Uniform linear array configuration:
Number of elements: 24
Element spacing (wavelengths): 0.75
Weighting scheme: exponential
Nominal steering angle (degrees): -45
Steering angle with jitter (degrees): -44.681
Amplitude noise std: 0.05
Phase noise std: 0.05

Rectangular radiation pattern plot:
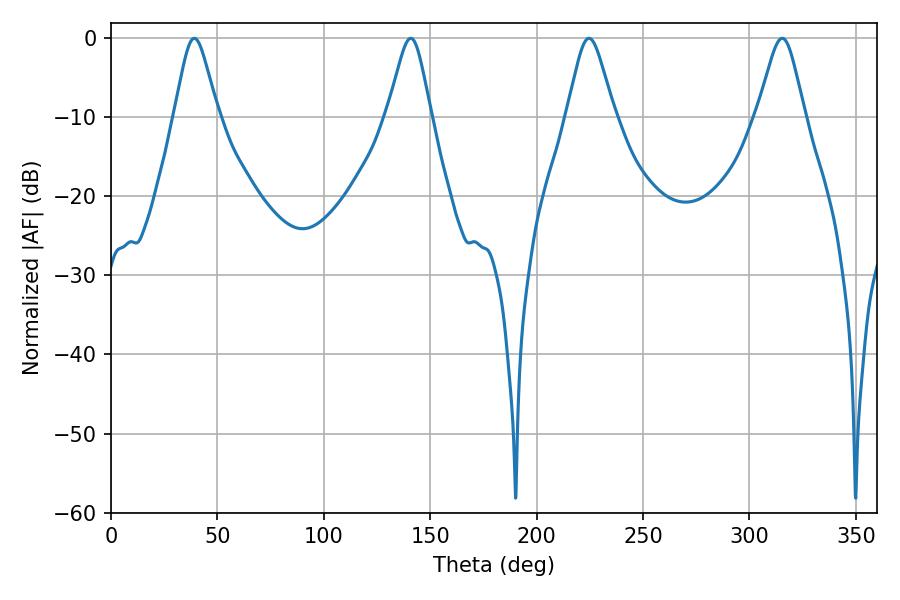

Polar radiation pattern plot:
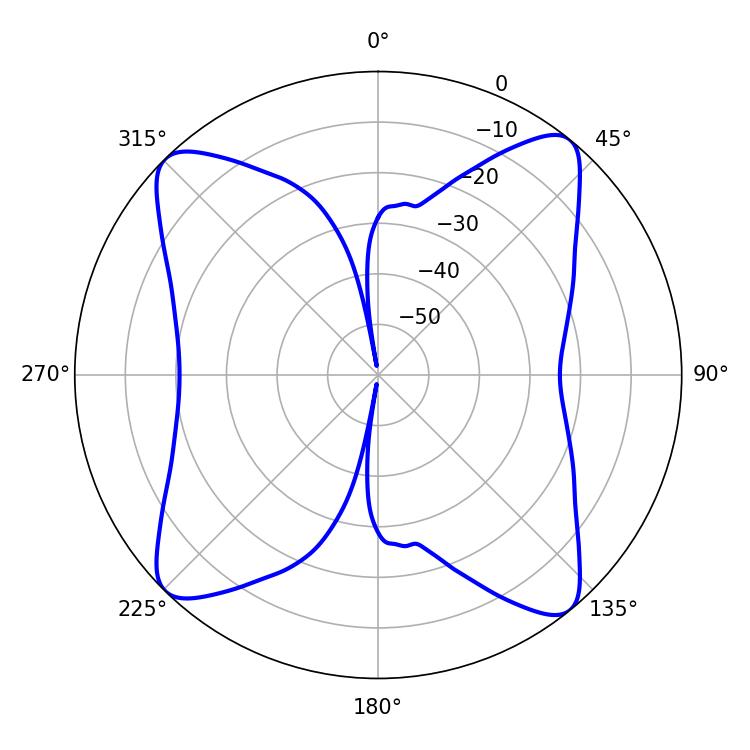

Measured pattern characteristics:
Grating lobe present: TRUE
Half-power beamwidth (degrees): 10.8
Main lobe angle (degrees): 315.36